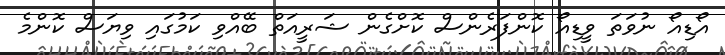
އޯޑިއޯ ނުވަތަ ވީޑިއޯ ކޮންފަރެންސް ކޮށްގެން ޝަރީއަތް ބޭއްވި ކަމުގައި ވިޔަސް ކޮންމެ